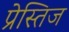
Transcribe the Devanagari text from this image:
प्रेस्तिज